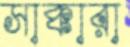
সাক্কারা